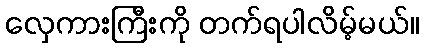
လှေကားကြီးကို တက်ရပါလိမ့်မယ်။